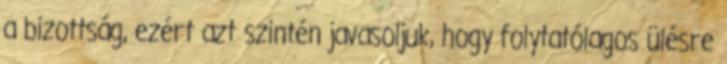
a bizottság, ezért azt szintén javasoljuk, hogy folytatólagos ülésre